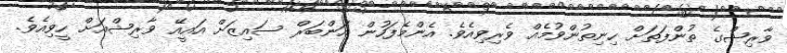
ވާރިޝްގެ ތުންފަތަށް ހިނިތުންވުމެއް ވެރިވިއެވެ. އެންމެފަހުން އަންބަރް ސައިޒަށް އައީއޭ ވާރިޝްއަށް ހީވިއެވެ.